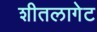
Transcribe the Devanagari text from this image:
शीतलागेट